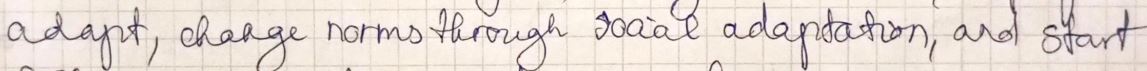
adapt, change norms through social adaptation, and start